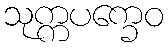
သုက္ကပက္ခေဝ